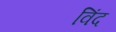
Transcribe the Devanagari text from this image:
विंद